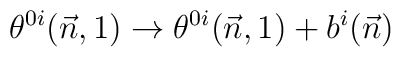
\theta^{0i}(\vec n,1) \to \theta^{0i}(\vec n,1) +b^i(\vec n)